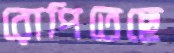
রোপিতেছে